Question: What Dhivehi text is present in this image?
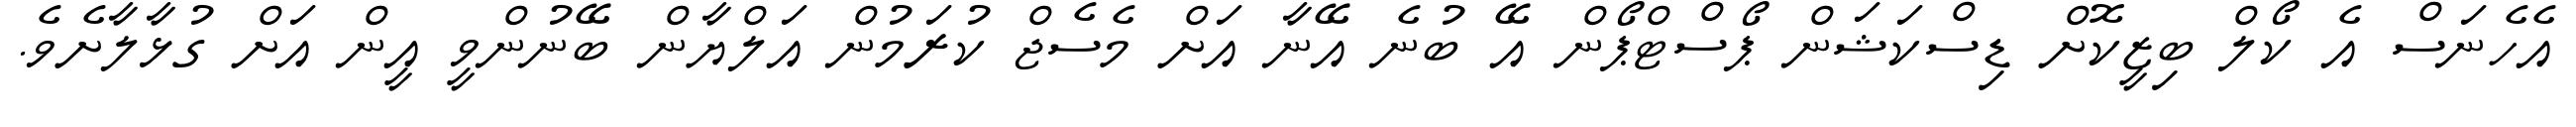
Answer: އެހެނަސް އެ ކޯލް ބިޒީކޮށް ޑިސްކަޝަން ޕޯސްޓްޕޯން އޭ ބުނެ އޭނާ އަށް މެސެޖް ކުރަމުން އަލްޔާން ބޭނުންވީ އީން އަށް ގުޅާލާށެވެ.